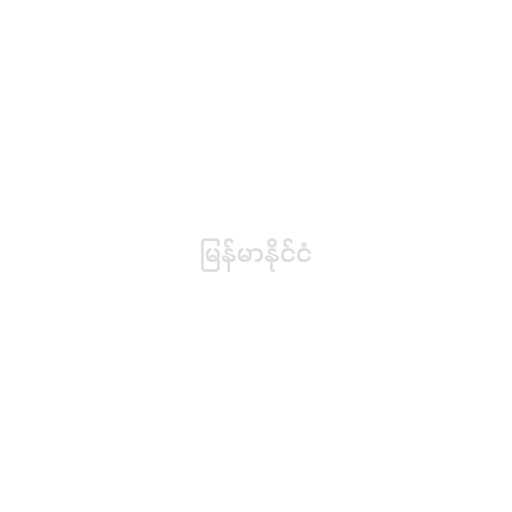
မြန်မာနိုင်ငံ